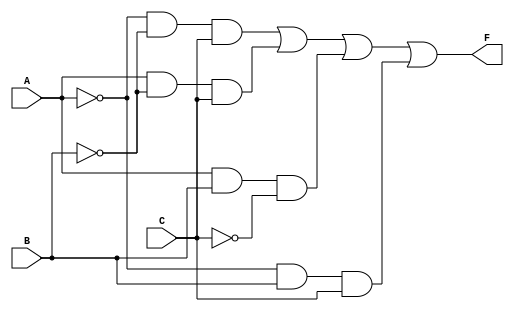
// Copyright (C) 2018  Intel Corporation. All rights reserved.
// Your use of Intel Corporation's design tools, logic functions 
// and other software and tools, and its AMPP partner logic 
// functions, and any output files from any of the foregoing 
// (including device programming or simulation files), and any 
// associated documentation or information are expressly subject 
// to the terms and conditions of the Intel Program License 
// Subscription Agreement, the Intel Quartus Prime License Agreement,
// the Intel FPGA IP License Agreement, or other applicable license
// agreement, including, without limitation, that your use is for
// the sole purpose of programming logic devices manufactured by
// Intel and sold by Intel or its authorized distributors.  Please
// refer to the applicable agreement for further details.

// PROGRAM		"Quartus Prime"
// VERSION		"Version 18.1.0 Build 625 09/12/2018 SJ Standard Edition"
// CREATED		"Mon May 18 15:19:58 2020"

module lab1step3(
	A,
	B,
	C,
	F
);


input wire	A;
input wire	B;
input wire	C;
output wire	F;

wire	SYNTHESIZED_WIRE_0;
wire	SYNTHESIZED_WIRE_9;
wire	SYNTHESIZED_WIRE_10;
wire	SYNTHESIZED_WIRE_5;
wire	SYNTHESIZED_WIRE_6;
wire	SYNTHESIZED_WIRE_7;
wire	SYNTHESIZED_WIRE_8;




assign	SYNTHESIZED_WIRE_7 = A & B & SYNTHESIZED_WIRE_0;

assign	SYNTHESIZED_WIRE_6 = A & SYNTHESIZED_WIRE_9 & C;

assign	SYNTHESIZED_WIRE_8 = SYNTHESIZED_WIRE_10 & B & C;

assign	SYNTHESIZED_WIRE_5 = SYNTHESIZED_WIRE_10 & SYNTHESIZED_WIRE_9 & C;

assign	F = SYNTHESIZED_WIRE_5 | SYNTHESIZED_WIRE_6 | SYNTHESIZED_WIRE_7 | SYNTHESIZED_WIRE_8;

assign	SYNTHESIZED_WIRE_0 =  ~C;

assign	SYNTHESIZED_WIRE_9 =  ~B;

assign	SYNTHESIZED_WIRE_10 =  ~A;


endmodule